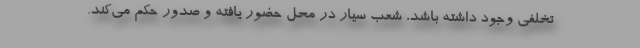
تخلفی وجود داشته باشد، شعب سیار در محل حضور یافته و صدور حکم می‌کند.